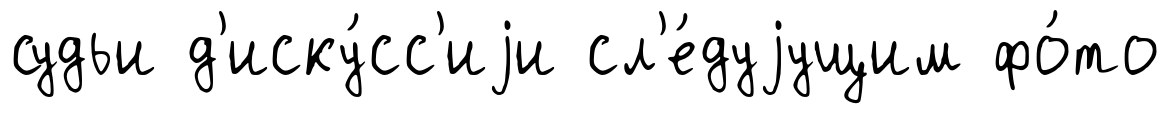
судьи д'иску́сс'иjи сл'е́дуjущим фо́то